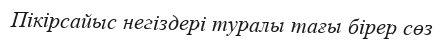
Пікірсайыс негіздері туралы тағы бірер сөз